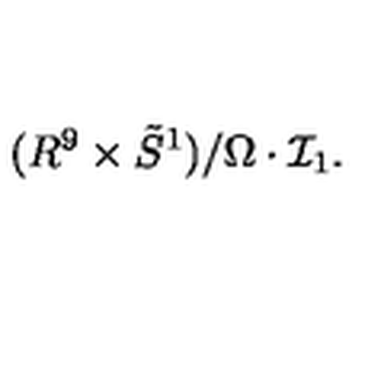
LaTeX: ( R ^ { 9 } \times \tilde { S } ^ { 1 } ) / \Omega \cdot { \mathcal I } _ { 1 } .